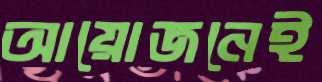
আয়োজনেই